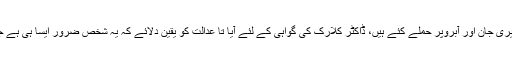
سو ایسا اتفاق ہوا کہ سرگروہ مخالفوں کا محمد حسین بٹالوی جس نے آج تک میری جان اور آبروپر حملے کئے ہیں، ڈاکٹر کلارک کی گواہی کے لئے آیا تا عدالت کو یقین دلائے کہ یہ شخص ضرور ایسا ہی ہے جس سے امید ہو سکتی ہے کہ کلارک کے قتل کے لئے عبدالحمید کو بھیجا ہو۔